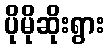
ပိုမိုဆိုးရွား